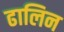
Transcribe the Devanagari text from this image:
ढालिन